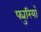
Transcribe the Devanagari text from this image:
फ्युरियाँ